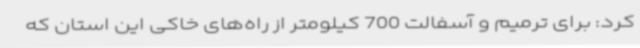
کرد: برای ترمیم و آسفالت 700 کیلومتر از راه‌های خاکی این استان که